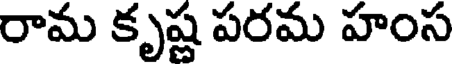
రామ కృష్ణ పరమ హంస